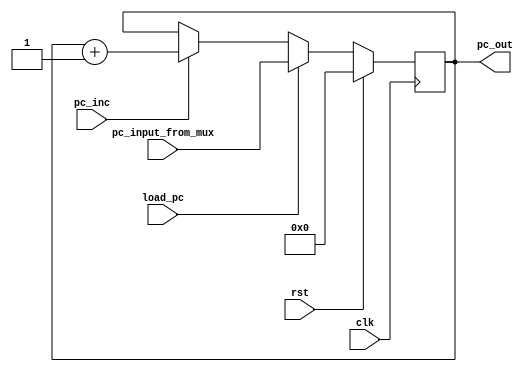
// This is part of the ECE241 final project
// This file contains the program counter (that can go from 0 to 511)

module cpu_pc(clk, rst, pc_inc, load_pc, pc_input_from_mux, pc_out);

    input clk;
    input rst;
    input pc_inc;
    input load_pc;
    input [8:0]pc_input_from_mux;
    output reg [8:0]pc_out;

    always @ (posedge clk)
    begin
        if (rst)
            pc_out <= 9'b0;
        else if (load_pc)
            pc_out <= pc_input_from_mux;
        else if (pc_inc)
            pc_out <= pc_out + 1'b1;
    end
endmodule